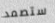
ستصمد